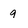
Character: 9